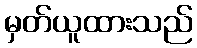
မှတ်ယူထားသည်